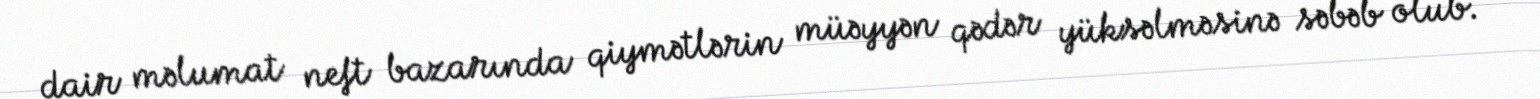
dair məlumat neft bazarında qiymətlərin müəyyən qədər yüksəlməsinə səbəb olub.